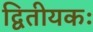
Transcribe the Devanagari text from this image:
द्वितीयकः